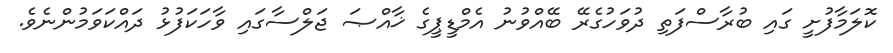
ކޮލަމާފުށީ ގައި ބުރާސްފަތި ދުވަހުގެރޭ ބޭއްވުނު އެމްޑީޕީގެ ޚާއްޞަ ޖަލްސާގައި ވާހަކަފުޅު ދައްކަވަމުންނެވެ.